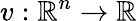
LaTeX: v:\mathbb{R}^{n}\to\mathbb{R}